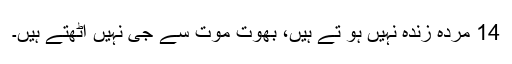
14 مردہ زندہ نہیں ہو تے ہیں، بھوت موت سے جی نہیں اٹھتے ہیں۔